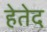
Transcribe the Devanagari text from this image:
हेतेद